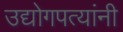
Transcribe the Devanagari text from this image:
उद्योगपत्यांनी